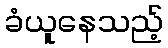
ခံယူနေသည့်